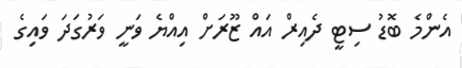
އެންމެ ބޮޑު ސިޓީ ދެއިރް އައް ޒޫރަށް އިއްޔެ ވަނީ ވަރުގަދަ ވައިގެ